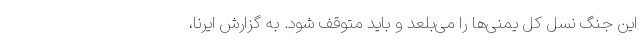
این جنگ نسل کل یمنی‌ها را می‌بلعد و باید متوقف شود. به گزارش ایرنا،